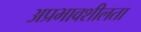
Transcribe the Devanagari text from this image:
अप्रभावशीलता